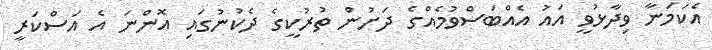
އެކަމަނާ ވިދާޅުވީ އައު އެއްބަސްވުމެއްގެ ދަށުން ތުރުކީގެ ދެކުނުގައި އޮންނަ އެ އަސްކަރީ